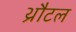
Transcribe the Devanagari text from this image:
थ्रौटल